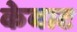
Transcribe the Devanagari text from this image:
केबाट